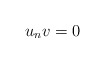
\begin{align*} u_nv=0\end{align*}